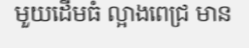
មួយដើមធំ ល្អាងពេជ្រ មាន